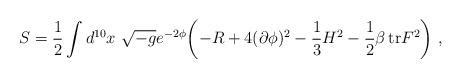
LaTeX: \begin{align*}S={1\over 2}\int d^{10}x\ \sqrt {-g}e^{-2\phi}\biggl (-R+4(\partial\phi)^2-{1\over 3}H^2-{1\over 2}\beta\, {\rm tr} F^2\biggr )\ ,\end{align*}